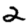
Digit: 2